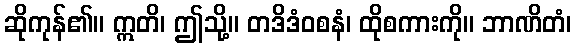
ဆိုကုန်၏။ ဣတိ၊ ဤသို့။ တဒိဒံဝစနံ၊ ထိုစကားကို။ ဘာဏိတံ၊